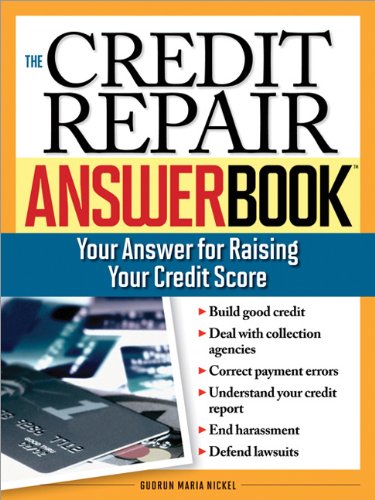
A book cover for The Credit Repair Answer Book; Nickel; Law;